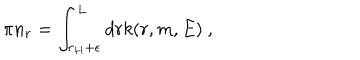
\pi n _ { r } = \int _ { r _ { H } + \epsilon } ^ { L } d r k ( r , m , E ) ~ ,